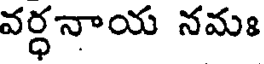
వర్ధనాయ నమః